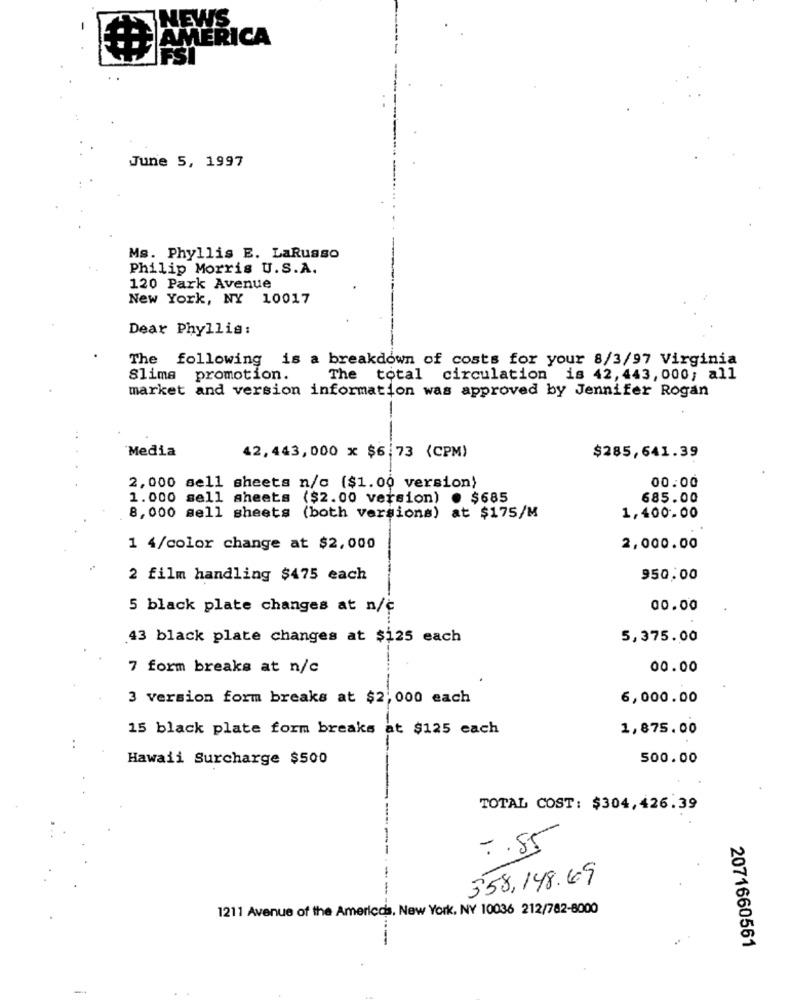
NEWS.
AMERICA
June 5, 1997
Ms. Phyllis E. LaRusso
Philip Morris U.S.A.
120 Park Avenue
New York, NY 10017
Dear Phyllis:
The
following is a breakdown of costs for your 8/3/97 Virginia
Slima promotion.
The total circulation is 42, 443, 000; all
market and version information was approved by Jennifer Rogan
Media
42,443, 000 x $6.73 (CPM)
$285,641.39
00.00
2, 000 sell sheets n/c ($1.00 version)
1.000 sell sheets ($2.00 version) . $685
685.00
8, 000 sell sheets (both versions) at $175/M
1,400.00
1 4/color change at $2,000
2,000.00
2 film handling $475 each
950,00
5 black plate changes at n/c
00.00
43 black plate changes at $125 each
5,375.00
7 form breaks at n/c
00.00
3 version form breaks at $2,000 each
6,000.00
15 black plate form breaks at $125 each
1,875.00
Hawaii Surcharge $500
500.00
TOTAL COST: $304,426.39
.. 85
358,148.69
1211 Avenue of the Americas, New York, NY 10036 212/782-8000
2071660561